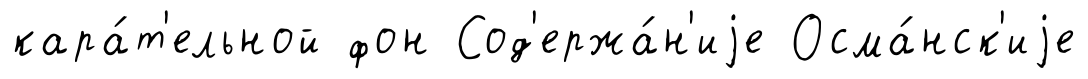
кара́т'ельной фон Сод'ержа́н'иjе Осма́нск'иjе